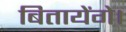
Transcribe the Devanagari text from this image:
बितायेंगे।